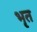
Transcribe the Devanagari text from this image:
भृत